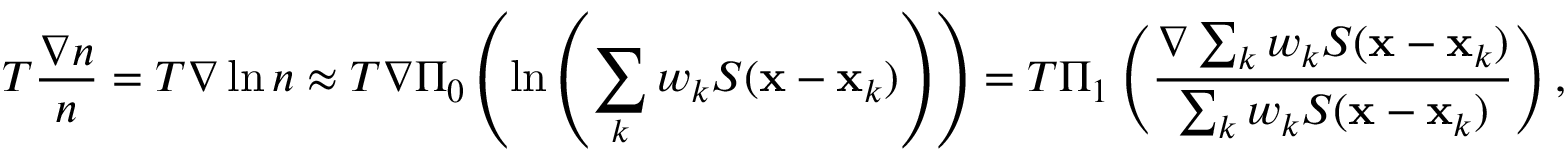
T \frac { \nabla n } { n } = T \nabla \ln n \approx T \nabla \Pi _ { 0 } \left( \ln \left( \sum _ { k } w _ { k } S ( { \mathbf x } - { \mathbf x } _ { k } ) \right) \right) = T \Pi _ { 1 } \left( \frac { \nabla \sum _ { k } w _ { k } S ( { \mathbf x } - { \mathbf x } _ { k } ) } { \sum _ { k } w _ { k } S ( { \mathbf x } - { \mathbf x } _ { k } ) } \right) ,